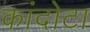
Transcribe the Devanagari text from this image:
कांदोटा